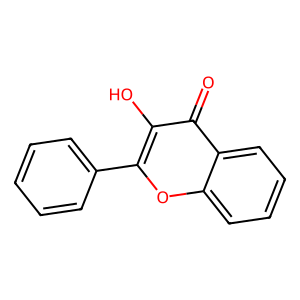
SMILES: O=c1c(O)c(-c2ccccc2)oc2ccccc12
Inhibits HIV replication: No